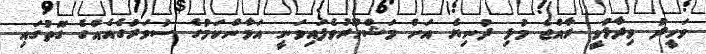
ވަހީދު ވިދާޅުވީ ރާއްޖެ މުޅި ދުނިޔެ އަށް މަޝްހޫރުވެފައިވަނީ އަމާންކަމުގެ ސުވަރުގެއެއްގެ ގޮތުގައި